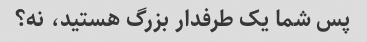
پس شما یک طرفدار بزرگ هستید، نه؟